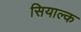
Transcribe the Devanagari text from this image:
सियाल्क